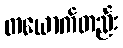
တယောက်တည်း